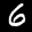
Label: 6